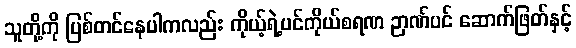
သူတို့ကို ပြစ်တင်နေပါကလည်း ကိုယ့်ရဲ့ပင်ကိုယ်စရဏ ဉာဏ်ပင် ဆောက်ဖြတ်နှင့်